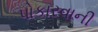
પોકારવાની